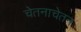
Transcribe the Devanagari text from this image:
चेतनाचेतन